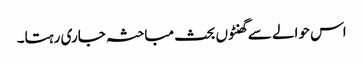
اس حوالے سے گھنٹوں بحث مباحثہ جاری رہتا۔